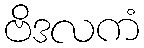
ဗိဒလကံ